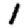
Digit: 1